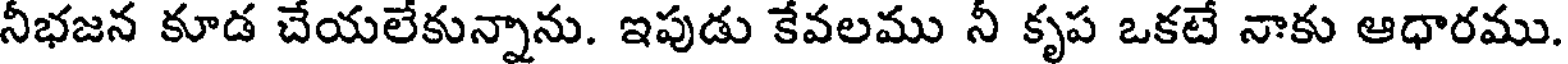
నీభజన కూడ చేయలేకున్నాను. ఇపుడు కేవలము నీ కృప ఒకటే నాకు ఆధారము.